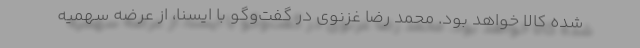
شده کالا خواهد بود. محمد رضا غزنوی در گفت‌وگو با ایسنا، از عرضه سهمیه